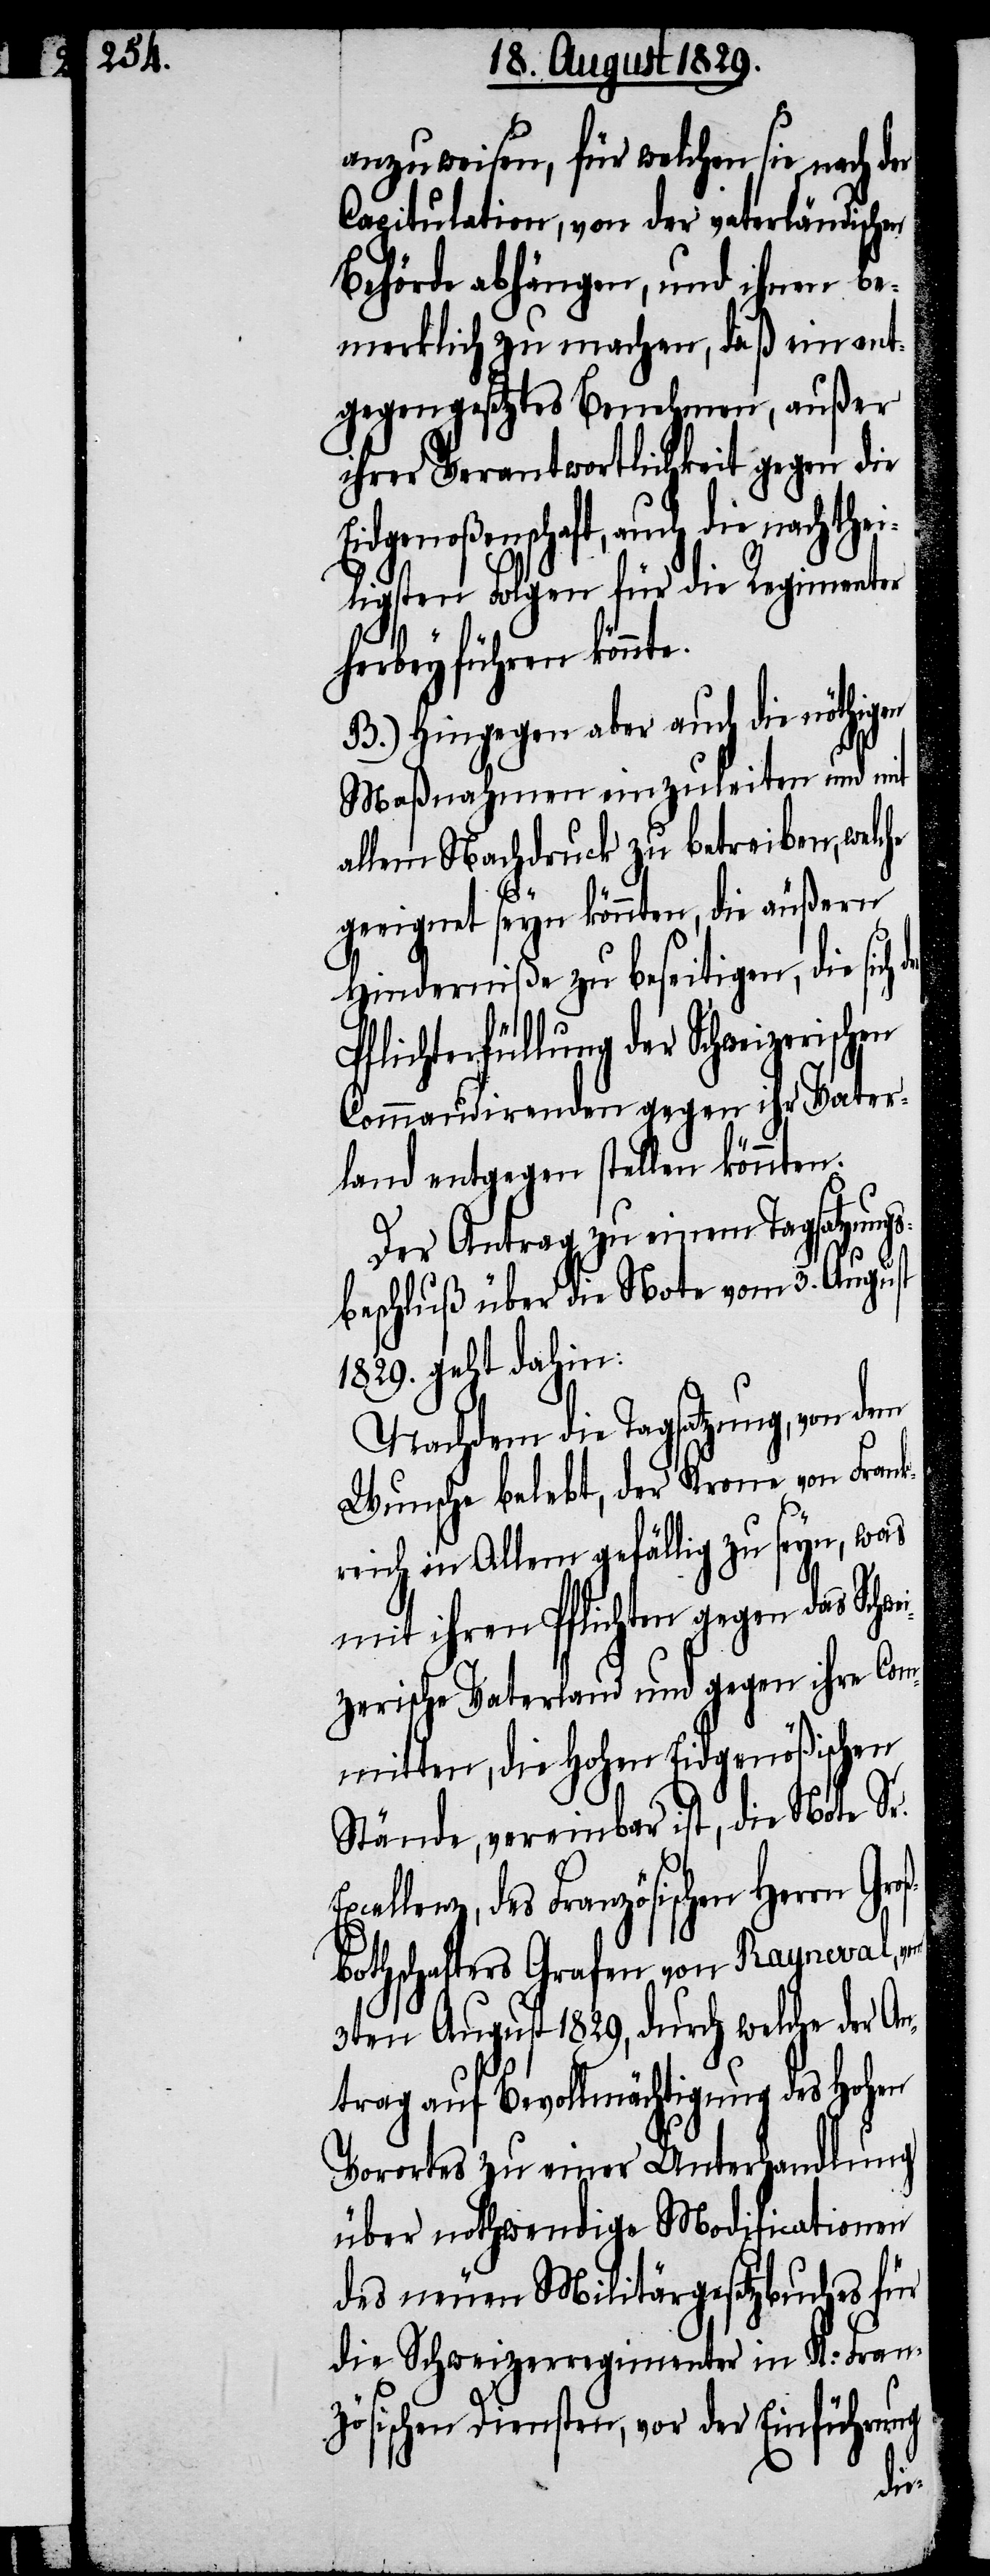
anzuweisen, für welchen sie nach der
Capitulation, von der vaterländischen
Behörde abhängen, und ihnen be¬
merklich zu machen, daß ein ent¬
gegengesetztes Benehmen, außer
ihrer Verantwortlichkeit gegen die
Eidgenoßenschaft, auch die nachth¬
ligsten Folgen für die Regimenter
herbeyführen könnte.
B.) Hingegen aber auch die nöthigen
Maßnahmen einzuleiten und mit
allem Nachdruck zu betreiben, welche
geeignet seyn könnte, die äußern
Hinderniße zu beseitigen, die sich
Pflichterfüllung der Schweizerisch¬
Commandirenden gegen ihr Vater¬
Der Antrag zu einem Tagsatzung¬
beschluß über die Note vom 3. August
1829. geht dahin:
Nachdem die Tagsatzung, von dem
Wunsche belebt, der Krone von Fran¬
reich in Allem gefällig zu seyn, was
mit ihren Pflichten gegen das Schw¬
zerische Vaterland und gegen ihre Com¬
mitten, die Hohen Eidgenößischen
Stände, vereinbar ist, die Note Sr.
ellenz, des Französichen Herrn Gr¬
bothschafters Grafen von Rayneval, vom
3ten August 1829, durch welche der An¬
trag auf Bevollmächtigung des Hohen
Vorortes zu einer Unterhandlung
über nothwendige Modificationen
des neuen Militärgesetzbuches für
die Schweizerregimenter in K. Fran¬
zösischen Diensten, vor der Einführung
oß¬